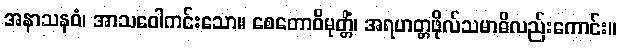
အနာသနဝံ၊ အာသဝေါကင်းသော။ စေတောဝိမုတ္တိံ၊ အရဟတ္တဖိုလ်သမာဓိလည်းကောင်း။